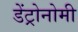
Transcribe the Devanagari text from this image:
डेंट्रोनोमी